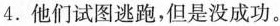
4.他们试图逃跑,但是没成功.